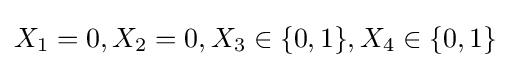
{\textstyle X_{1}=0,X_{2}=0,X_{3}\in \{0,1\},X_{4}\in \{0,1\}}